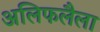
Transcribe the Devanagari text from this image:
अलिफलैला